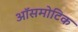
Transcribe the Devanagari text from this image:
ऑसमोटिक